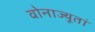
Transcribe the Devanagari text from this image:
वोनाज्यूतां